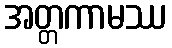
အတ္တကာမဿ